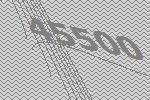
45500